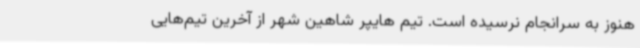
هنوز به سرانجام نرسیده است. تیم هایپر شاهین شهر از آخرین تیم‌هایی